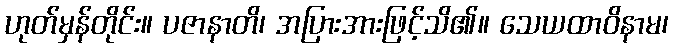
ဟုတ်မှန်တိုင်း။ ပဇာနာတိ၊ အပြားအားဖြင့်သိ၏။ သေယထာဝိနာမ၊